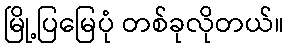
မြို့ပြမြေပုံ တစ်ခုလိုတယ်။